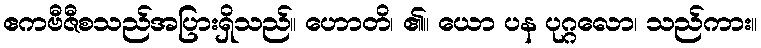
ဧကဗီဇီစသည်အပြားရှိသည်။ ဟောတိ၊ ၏။ ယော ပန ပုဂ္ဂလော၊ သည်ကား။